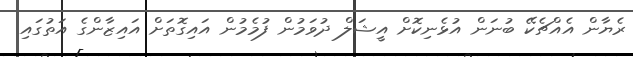
ރެޔާން އެއްޗެކޭ ބުނަން އުޅެނިކޮށް އީޝަލް ދުވަމުން ފުމެމުން އައިގޮތަށް އައިޒާންގެ އަތުގައި